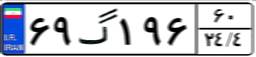
۵۵گ۴۱۲۱۸